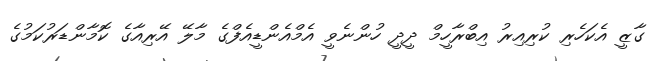
ގާޒީ އެކަހެރި ކުރިއިރު އިބްރާހީމް ދީދީ ހުންނެވީ އެމްއެންޑީއެފްގެ މާލޭ އޭރިއާގެ ކޮމާންޑަރުކަމުގެ